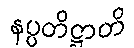
နပ္ပတိဋ္ဌာတိ